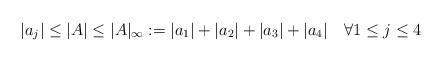
LaTeX: \begin{align*}|a_j|\leq |A| \leq |A|_\infty:=|a_1|+|a_2|+|a_3|+|a_4|\quad\forall 1\leq j \leq 4\end{align*}